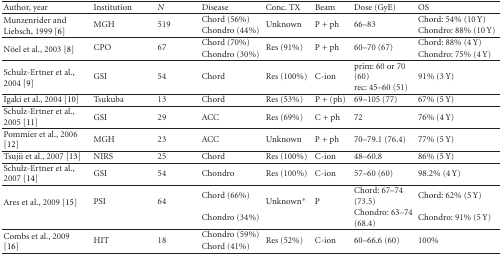
<table><thead><tr><td><b>Author, year</b></td><td><b>Institution</b></td><td><b><i>N </i></b></td><td><b>Disease</b></td><td><b>Conc. TX</b></td><td><b>Beam</b></td><td><b>Dose (GyE)</b></td><td><b>OS</b></td></tr></thead><tbody><tr><td rowspan="2">Munzenrider and Liebsch, 1999 [6]</td><td rowspan="2">MGH</td><td rowspan="2">519</td><td>Chord (56%)</td><td rowspan="2">Unknown</td><td rowspan="2">P + ph</td><td rowspan="2">66–83</td><td>Chord: 54% (10 Y)</td></tr><tr><td>Chondro (44%)</td><td>Chondro: 88% (10 Y)</td></tr><tr><td rowspan="2">Nöel et al., 2003 [8]</td><td rowspan="2">CPO</td><td rowspan="2">67</td><td>Chord (70%)</td><td rowspan="2">Res (91%)</td><td rowspan="2">P + ph</td><td rowspan="2">60–70 (67)</td><td>Chord: 88% (4 Y)</td></tr><tr><td>Chondro (30%)</td><td>Chondro: 75% (4 Y)</td></tr><tr><td rowspan="2">Schulz-Ertner et al., 2004 [9]</td><td rowspan="2">GSI</td><td rowspan="2">54</td><td rowspan="2">Chord</td><td rowspan="2">Res (100%)</td><td rowspan="2">C-ion</td><td>prim: 60 or 70 (60)</td><td rowspan="2">91% (3 Y)</td></tr><tr><td>rec: 45–60 (51)</td></tr><tr><td>Igaki et al., 2004 [10]</td><td>Tsukuba</td><td>13</td><td>Chord</td><td>Res (53%)</td><td>P + (ph)</td><td>69–105 (77)</td><td>67% (5 Y)</td></tr><tr><td>Schulz-Ertner et al., 2005 [11]</td><td> GSI</td><td>29</td><td>ACC</td><td>Res (69%)</td><td>C + ph</td><td>72</td><td>76% (4 Y)</td></tr><tr><td>Pommier et al., 2006 [12]</td><td>MGH</td><td>23</td><td>ACC</td><td>Unknown</td><td>P + ph</td><td>70–79.1 (76.4)</td><td>77% (5 Y)</td></tr><tr><td>Tsujii et al., 2007 [13]</td><td>NIRS</td><td>25</td><td>Chord</td><td>Res (100%)</td><td>C-ion</td><td>48–60.8</td><td>86% (5 Y)</td></tr><tr><td>Schulz-Ertner et al., 2007 [14]</td><td>GSI</td><td>54</td><td>Chondro</td><td>Res (100%)</td><td>C-ion</td><td>57–60 (60)</td><td>98.2% (4 Y)</td></tr><tr><td rowspan="2">Ares et al., 2009 [15]</td><td rowspan="2">PSI</td><td rowspan="2">64</td><td>Chord (66%)</td><td rowspan="2">Unknown*</td><td rowspan="2">P</td><td>Chord: 67–74 (73.5)</td><td>Chord: 62% (5 Y)</td></tr><tr><td>Chondro (34%)</td><td>Chondro: 63–74 (68.4)</td><td>Chondro: 91% (5 Y)</td></tr><tr><td rowspan="2">Combs et al., 2009 [16]</td><td rowspan="2">HIT</td><td rowspan="2">18</td><td>Chondro (59%)</td><td rowspan="2">Res (52%)</td><td rowspan="2">C-ion</td><td rowspan="2">60–66.6 (60)</td><td rowspan="2">100%</td></tr><tr><td>Chord (41%)</td></tr></tbody></table>